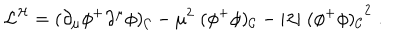
LaTeX: { \cal L } ^ { \cal H } = ( \partial _ { \mu } \phi ^ { + } \partial ^ { \mu } \phi ) _ { \cal C } - \mu ^ { 2 } \; ( \phi ^ { + } \phi ) _ { \cal C } - \vert \lambda \vert \; { ( \phi ^ { + } \phi ) _ { \cal C } } ^ { 2 } \; .